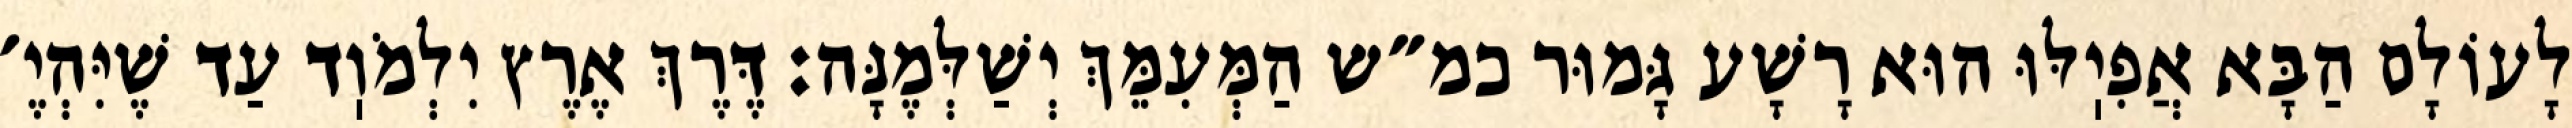
לָעוֹלָם הַבָּא אֲפִיֽלּוּ הוּא רָשָׁע גָּמוּר כמ״ש הַמְּעִמֵּךְ יְשַׁלְּמֶנָּה: דֶּרֶךְ אֶרֶץ יִלְמֹוֽד עַד שֶׁיִּהְיֶ׳